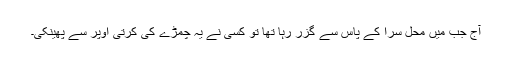
آج جب میں محل سرا کے پاس سے گزر رہا تھا تو کسی نے یہ چمڑے کی کرتی اوپر سے پھینکی۔